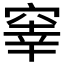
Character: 𥦭